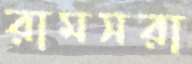
রামসরা